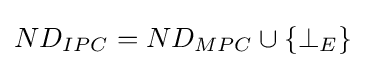
ND_{IPC}=ND_{MPC}\cup \{\bot _{E}\}